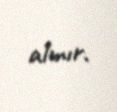
almır.